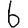
Digit: 6